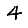
Digit: 4